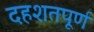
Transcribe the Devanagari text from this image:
दहशतपूर्ण